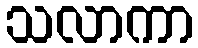
သလာကာ